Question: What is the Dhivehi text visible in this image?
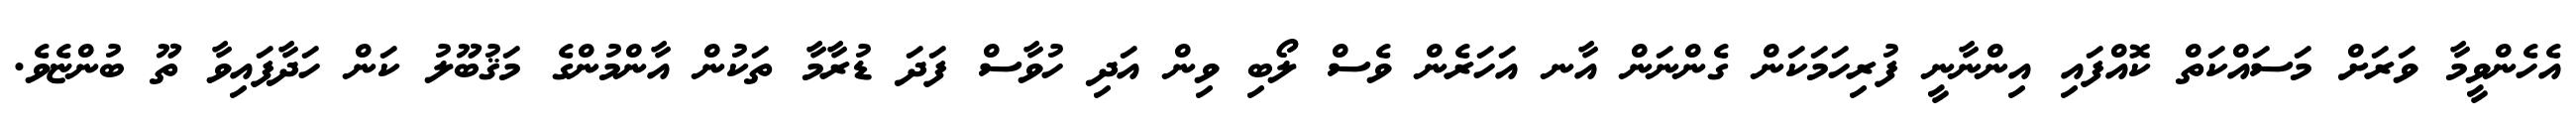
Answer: އެހެންވީމާ ވަރަށް މަސައްކަތް ކޮއްފައި އިންނާނީ ފުރިހަމަކަން ގެންނަން އާނ އަހަރެން ވެސް ލޯބި ވިން އަދި ހުވާސް ފަދަ ޑުރާމާ ތަކުން އާންމުންގެ މަޤުބޫލު ކަން ހަދާފައިވާ ތޫ ބުންޏެވެ.